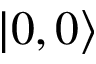
| 0 , 0 \rangle